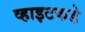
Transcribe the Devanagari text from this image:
व्हाइटकडे